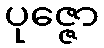
ပုဇ္ဇော